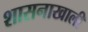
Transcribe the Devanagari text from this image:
शासनाखाली